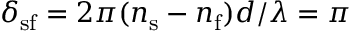
\delta _ { \mathrm { s f } } = 2 \pi ( n _ { \mathrm { s } } - n _ { \mathrm { f } } ) d / \lambda = \pi